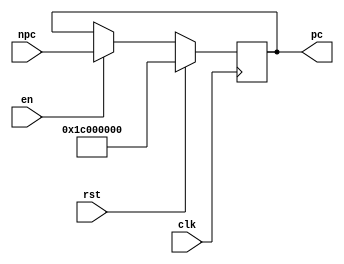

`define BEGIN_ADDR 32'h1C00_0000

module PC (
    input                   [ 0 : 0]            clk,
    input                   [ 0 : 0]            rst,
    input                   [ 0 : 0]            en,
    input                   [31 : 0]            npc,

    output      reg         [31 : 0]            pc
);
always @(posedge clk) begin
    if(rst)
        pc <= `BEGIN_ADDR;
    else if(en)
        pc <= npc;
    else
        pc <= pc;
end
endmodule